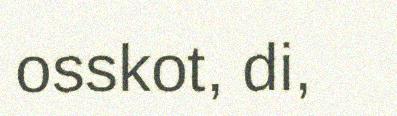
osskot, di,